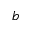
b